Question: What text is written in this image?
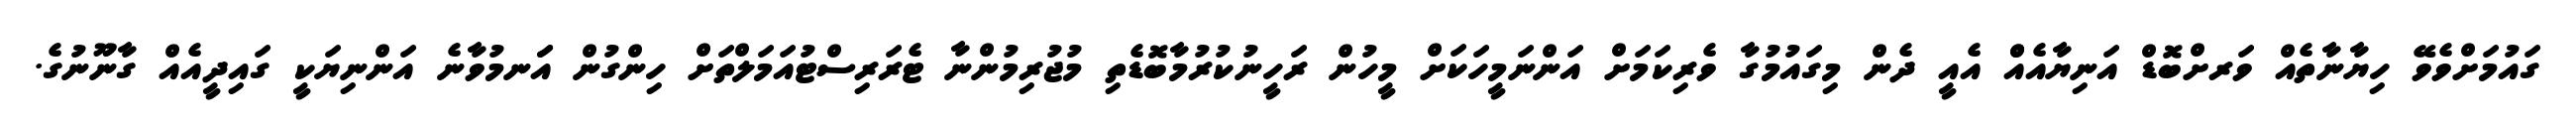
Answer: ގައުމަށްވެވޭ ހިޔާނާތެއް ވަރށްބޮޑް އަނިޔާއެއްް އެއީ ދެން މިގައުމުގާ ވެރިކަމަށް އަންނަމީހަކަށް މީހުން ރަހީނުކުރުމާބޮޑެތި މުޖުރިމުންނާ ޓެރަރިސްޓުއަމަލްތަށް ހިންގުން އަަނމުވާނެ އަންނިޔަކީ ގައިދީއެއް ގާނޫނުގެ.